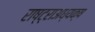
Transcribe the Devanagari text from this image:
राष्ट्राअध्यक्ष